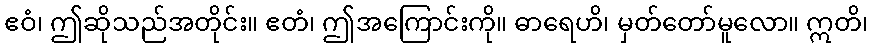
ဧဝံ၊ ဤဆိုသည်အတိုင်း။ ဧတံ၊ ဤအကြောင်းကို။ ဓာရေဟိ၊ မှတ်တော်မူလော။ ဣတိ၊